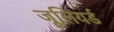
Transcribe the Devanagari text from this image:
जूलियर्ड